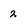
Character: 2